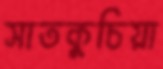
সাতকুচিয়া